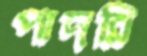
পাদরি